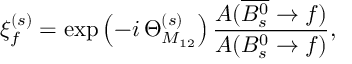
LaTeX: \xi _ { f } ^ { ( s ) } = \exp \left( - i \, \Theta _ { M _ { 1 2 } } ^ { ( s ) } \right) \frac { A ( \overline { { { B _ { s } ^ { 0 } } } } \to f ) } { A ( B _ { s } ^ { 0 } \to f ) } ,